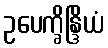
ဥပေက္ခိန္ဒြိယံ